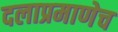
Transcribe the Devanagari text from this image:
दलाप्रमाणेच